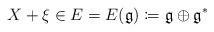
LaTeX: \begin{align*} X+\xi \in E= E(\mathfrak{g})\coloneqq \mathfrak{g} \oplus \mathfrak{g}^*\end{align*}